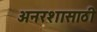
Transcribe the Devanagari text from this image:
अनरशासाठी